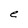
Character: e